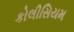
કોલીસિયમ